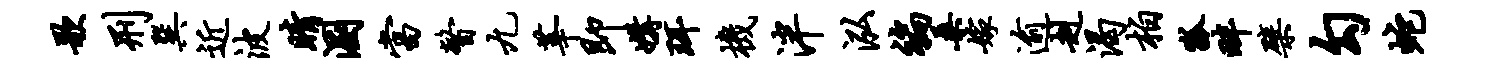
歌刑巽近波睛溷当瞥九莘即媾珥机泮泓褊桑嫁逾赳渴柏狐畔檗勾蛇